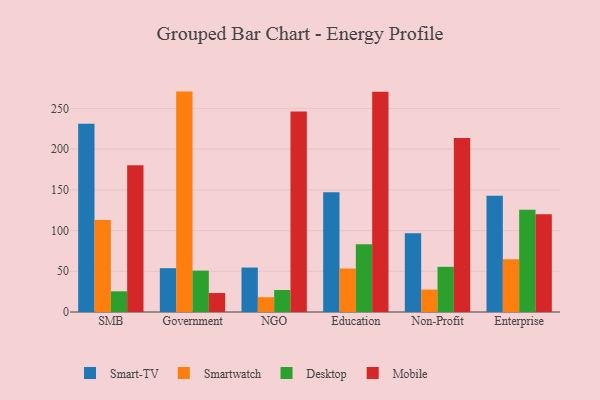
{"axis": {"x": "Segment", "y": "Demand Index"}, "legend": ["Desktop", "Mobile", "Smart-TV", "Smartwatch"], "data": [{"x": "SMB", "y": 231.2, "type": "Smart-TV"}, {"x": "SMB", "y": 113.0, "type": "Smartwatch"}, {"x": "SMB", "y": 25.4, "type": "Desktop"}, {"x": "SMB", "y": 180.2, "type": "Mobile"}, {"x": "Government", "y": 53.8, "type": "Smart-TV"}, {"x": "Government", "y": 270.7, "type": "Smartwatch"}, {"x": "Government", "y": 50.8, "type": "Desktop"}, {"x": "Government", "y": 23.3, "type": "Mobile"}, {"x": "NGO", "y": 54.6, "type": "Smart-TV"}, {"x": "NGO", "y": 18.1, "type": "Smartwatch"}, {"x": "NGO", "y": 27.0, "type": "Desktop"}, {"x": "NGO", "y": 246.3, "type": "Mobile"}, {"x": "Education", "y": 147.1, "type": "Smart-TV"}, {"x": "Education", "y": 53.4, "type": "Smartwatch"}, {"x": "Education", "y": 83.2, "type": "Desktop"}, {"x": "Education", "y": 270.5, "type": "Mobile"}, {"x": "Non-Profit", "y": 96.6, "type": "Smart-TV"}, {"x": "Non-Profit", "y": 27.5, "type": "Smartwatch"}, {"x": "Non-Profit", "y": 55.5, "type": "Desktop"}, {"x": "Non-Profit", "y": 213.7, "type": "Mobile"}, {"x": "Enterprise", "y": 142.7, "type": "Smart-TV"}, {"x": "Enterprise", "y": 64.8, "type": "Smartwatch"}, {"x": "Enterprise", "y": 125.5, "type": "Desktop"}, {"x": "Enterprise", "y": 120.1, "type": "Mobile"}]}